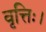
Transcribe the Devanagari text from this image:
वृत्तिः।